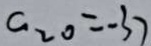
c _ { 2 0 } = - 3 7